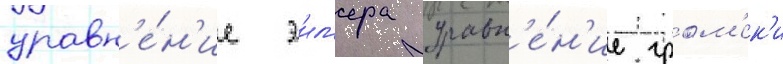
уравн'е́н'ие эил'ера уравн'е́н'ие гром'ек'и